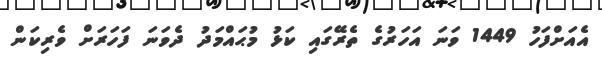
އެއަށްފަހު 1449 ވަނަ އަހަރުގެ ތެރޭގައި ކަޅު މުޙައްމަދު ދެވަނަ ފަހަރަށް ވެރިކަން